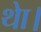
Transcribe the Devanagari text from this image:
थाे।